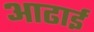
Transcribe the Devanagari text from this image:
आढाई